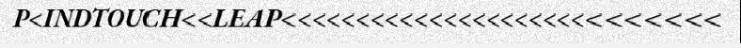
P<INDTOUCH<<LEAP<<<<<<<<<<<<<<<<<<<<<<<<<<<<